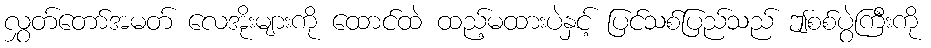
လွှတ်တော်အမတ် လေအိုးများကို ထောင်ထဲ ထည့်မထားပဲနှင့် ပြင်သစ်ပြည်သည် ဤစစ်ပွဲကြီးကို